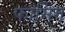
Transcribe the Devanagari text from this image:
फार्मिग